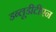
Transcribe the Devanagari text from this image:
डब्लूडीटीएन